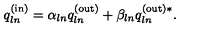
q _ { l n } ^ { \mathrm { ( i n ) } } = \alpha _ { l n } q _ { l n } ^ { \mathrm { ( o u t ) } } + \beta _ { l n } q _ { l n } ^ { \mathrm { ( o u t ) } * } .